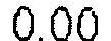
0.00